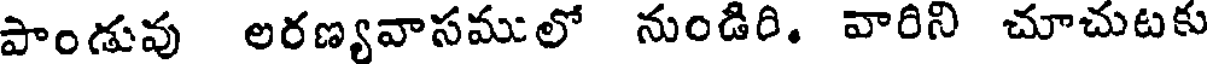
పాండువు లరణ్యవాసములో నుండిరి. వారిని చూచుటకు